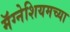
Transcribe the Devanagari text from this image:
मॅग्नेशियमच्या